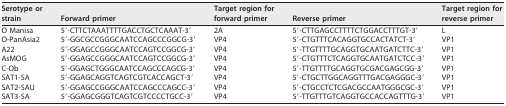
<table><thead><tr><td><b>Serotype or strain</b></td><td><b>Forward primer</b></td><td><b>Target region for forward primer</b></td><td><b>Reverse primer</b></td><td><b>Target region for reverse primer</b></td></tr></thead><tbody><tr><td>O Manisa</td><td>5′-CTTCTAAATTTTGACCTGCTCAAAT-3′</td><td>2A</td><td>5′-CTTGAGCCTTTTCTGGACCTTTGT-3′</td><td>L</td></tr><tr><td>O-PanAsia2</td><td>5′-GGCGCCGGGCAATCCAGCCCGGCG-3′</td><td>VP4</td><td>5′-CTGTTTCACAGGTGCCACTATCT-3′</td><td>VP1</td></tr><tr><td>A22</td><td>5′-GGAGCCGGGCAATCCAGTCCGGCG-3′</td><td>VP4</td><td>5′-TTGTTTTGCAGGTGCAATGATCTTC-3′</td><td>VP1</td></tr><tr><td>AsMOG</td><td>5′-GGAGCCGGGCAATCCAGTCCGGCG-3′</td><td>VP4</td><td>5′-CTGTTTCTCAGGTGCAATGATCTCC-3′</td><td>VP1</td></tr><tr><td>C-Ob</td><td>5′-GGAGCTGGGCAATCCAGCCCAGCG-3′</td><td>VP4</td><td>5′-TTGTTTTGCAGGTGCGACGAGCGG-3′</td><td>VP1</td></tr><tr><td>SAT1-SA</td><td>5′-GGAGCAGGTCAGTCGTCACCAGCT-3′</td><td>VP4</td><td>5′-CTGCTTGGCAGGTTTGACGAGGGC-3′</td><td>VP1</td></tr><tr><td>SAT2-SAU</td><td>5′-GGAGCCGGGCAATCCAGCCCAGCC-3′</td><td>VP4</td><td>5′-CTGCCTCTCGACGCCAATGGGCGC-3′</td><td>VP1</td></tr><tr><td>SAT3-SA</td><td>5′-GGAGCGGGTCAGTCGTCCCCTGCC-3′</td><td>VP4</td><td>5′-TTGTTTGTCAGGTGCCACCAGTTTG-3′</td><td>VP1</td></tr></tbody></table>